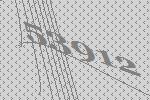
53912